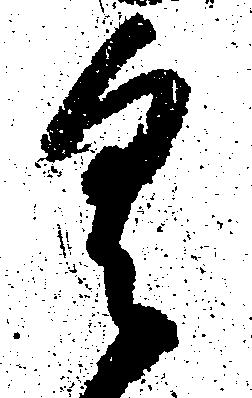
具